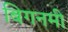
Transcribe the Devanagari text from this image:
बिगनमी